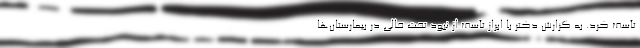
تأسف کرد. به گزارش دکتر با ابراز تأسف از نبود تخت خالی در بیمارستان‌ها